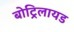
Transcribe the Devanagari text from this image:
बोट्रिलायड